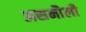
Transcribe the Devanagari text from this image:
असमौली